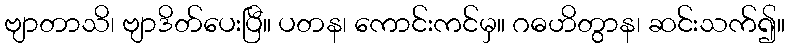
ဗျာတာသိ၊ ဗျာဒိတ်ပေးပြီ။ ပတန၊ ကောင်းကင်မှ။ ဂဓဟိတွာန၊ ဆင်းသက်၍။